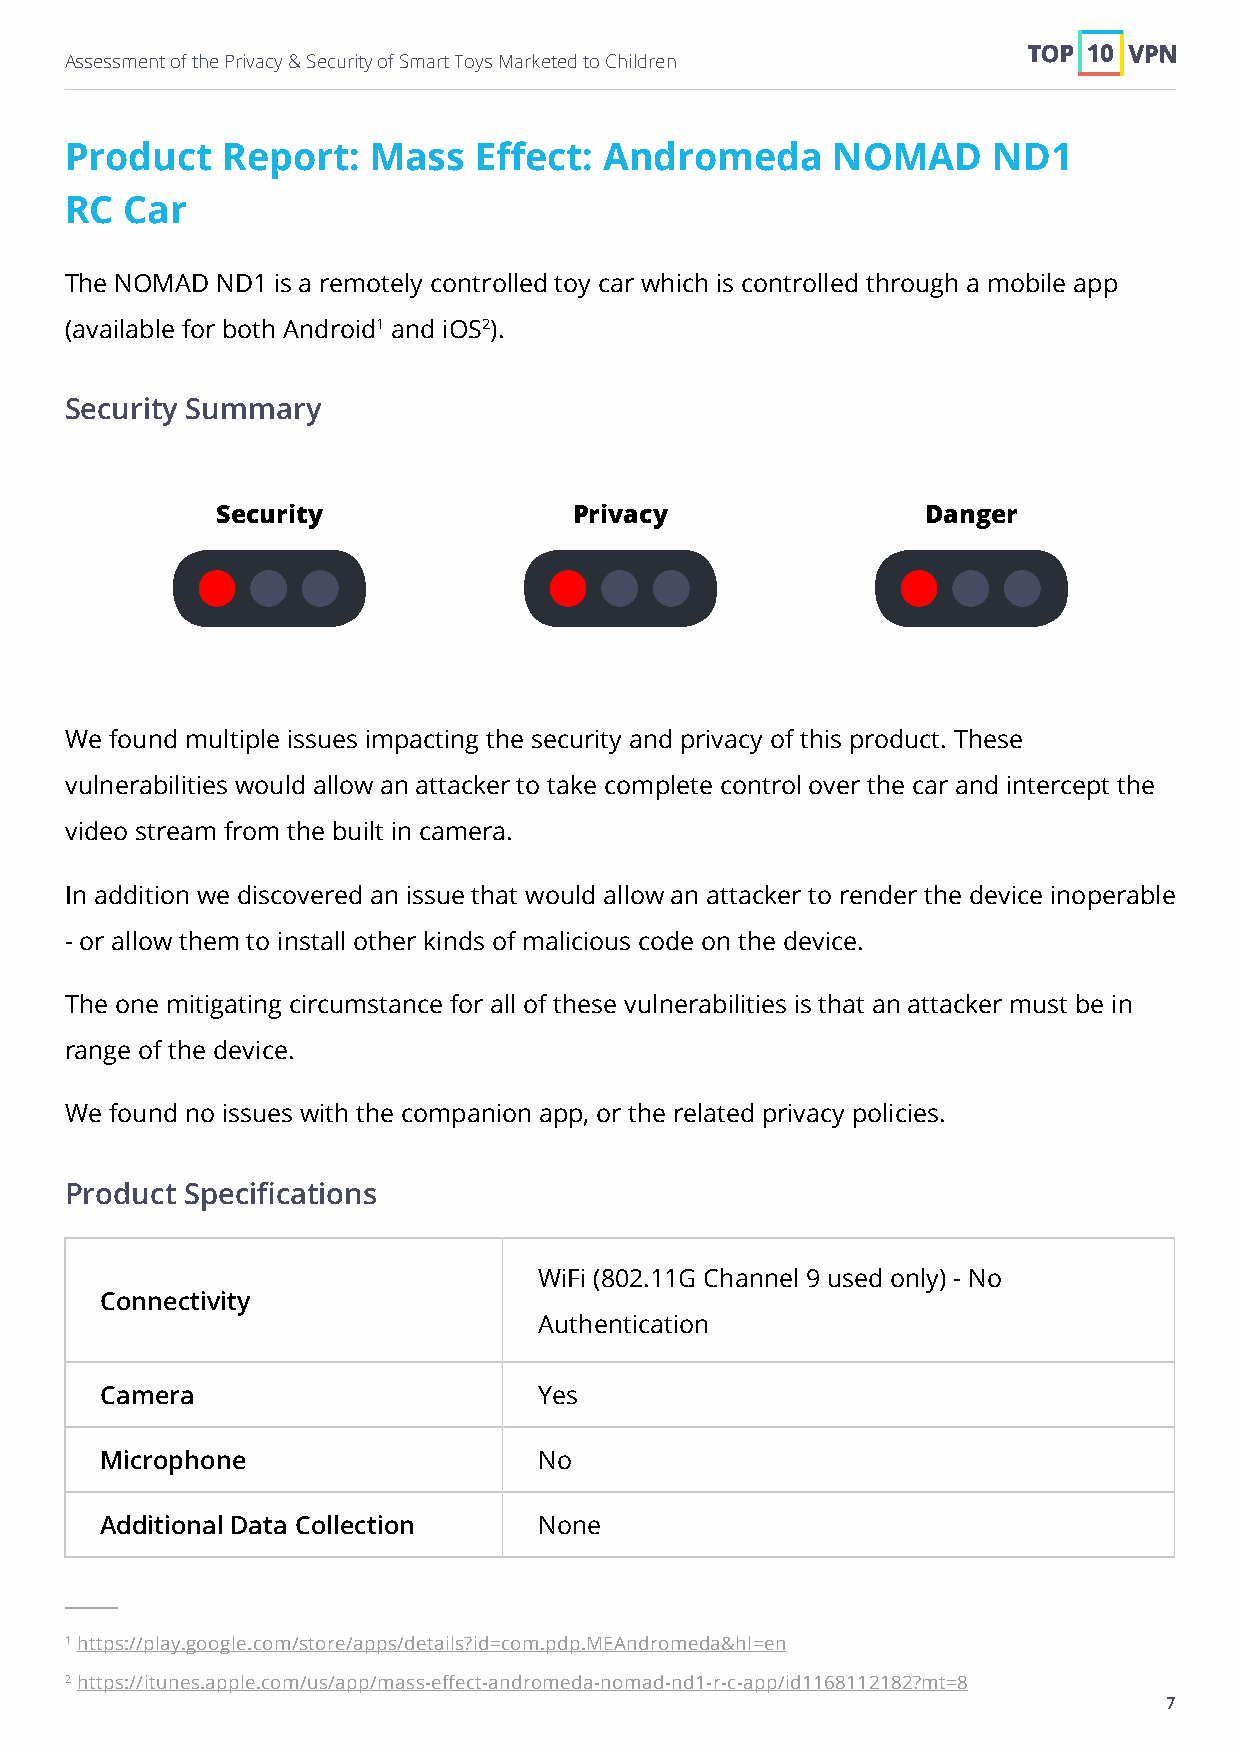
Assessment of the Privacy & Security of Smart Toys Marketed to Children
 Product    Report:  Mass   Effect:  Andromeda      NOMAD      ND1
 RC  Car
 The NOMAD ND1 is a remotely controlled toy car which is controlled through a mobile app
 (available for both Android1 and iOS2).
 Security Summary
 Security                Privacy                Danger
 We found multiple issues impacting the security and privacy of this product. These
 vulnerabilities would allow an attacker to take complete control over the car and intercept the
 video stream from the built in camera.
 In addition we discovered an issue that would allow an attacker to render the device inoperable
 - or allow them to install other kinds of malicious code on the device.
 The one mitigating circumstance for all of these vulnerabilities is that an attacker must be in
 range of the device.
 We found no issues with the companion app, or the related privacy policies.
 Product Specifications
 WiFi (802.11G Channel 9 used only) - No
 Connectivity
 Authentication
 Camera                       Yes
 Microphone                   No
 Additional Data Collection   None
 1 https://play.google.com/store/apps/details?id=com.pdp.MEAndromeda&hl=en
 2 https://itunes.apple.com/us/app/mass-effect-andromeda-nomad-nd1-r-c-app/id1168112182?mt=8
 7